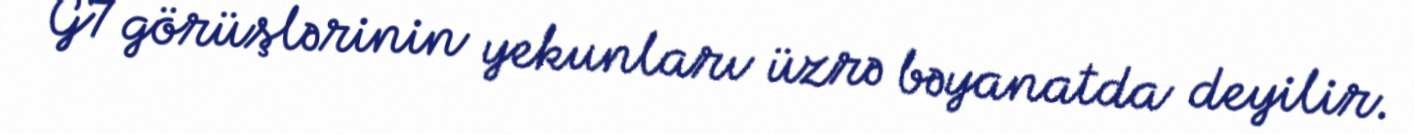
G7 görüşlərinin yekunları üzrə bəyanatda deyilir.